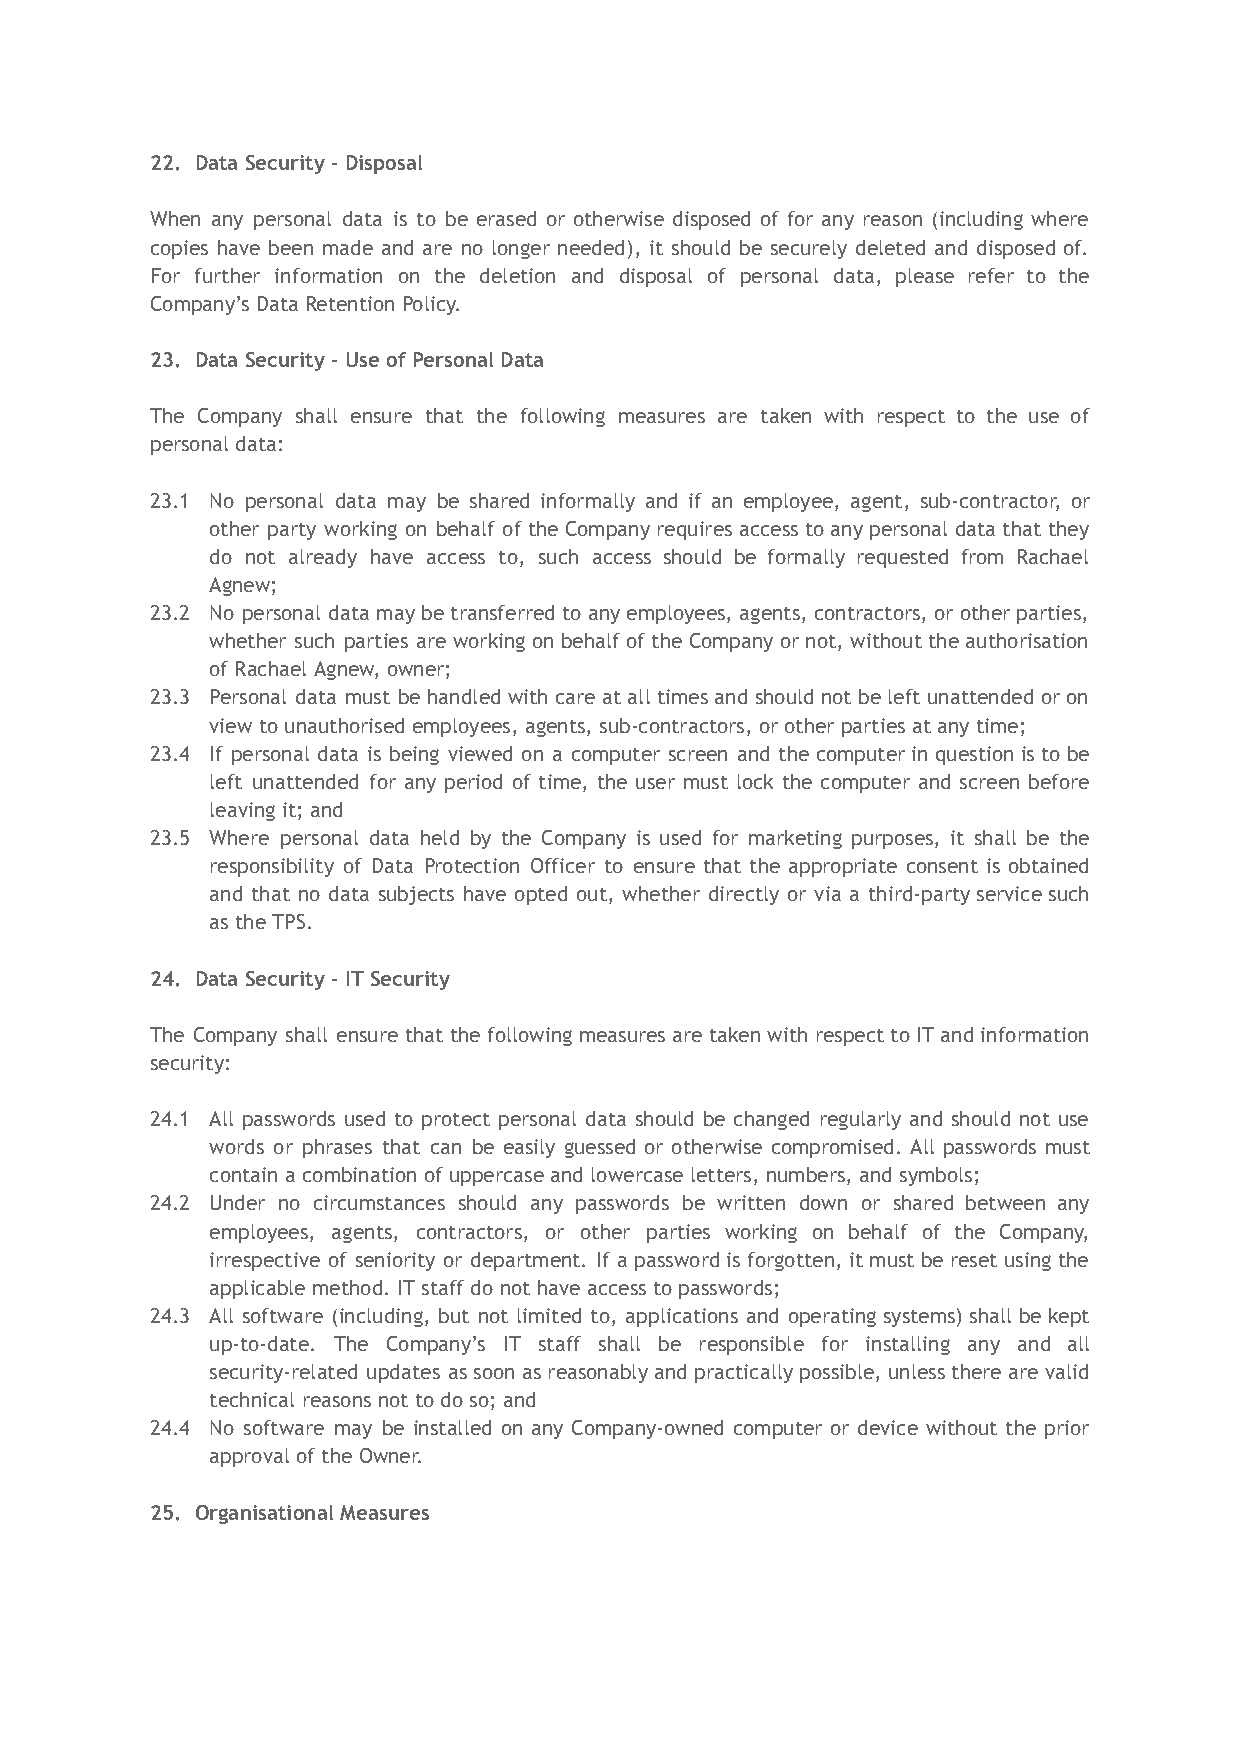
22. Data Security - Disposal
 When any personal data is to be erased or otherwise disposed of for any reason (including where
 copies have been made and are no longer needed), it should be securely deleted and disposed of.
 For further information on the deletion and disposal of personal data, please refer to the
 Company’s Data Retention Policy.
 23. Data Security - Use of Personal Data
 The Company shall ensure that the following measures are taken with respect to the use of
 personal data:
 23.1 No personal data may be shared informally and if an employee, agent, sub-contractor, or
 other party working on behalf of the Company requires access to any personal data that they
 do not already have access to, such access should be formally requested from Rachael
 Agnew;
 23.2 No personal data may be transferred to any employees, agents, contractors, or other parties,
 whether such parties are working on behalf of the Company or not, without the authorisation
 of Rachael Agnew, owner;
 23.3 Personal data must be handled with care at all times and should not be left unattended or on
 view to unauthorised employees, agents, sub-contractors, or other parties at any time;
 23.4 If personal data is being viewed on a computer screen and the computer in question is to be
 left unattended for any period of time, the user must lock the computer and screen before
 leaving it; and
 23.5 Where personal data held by the Company is used for marketing purposes, it shall be the
 responsibility of Data Protection Officer to ensure that the appropriate consent is obtained
 and that no data subjects have opted out, whether directly or via a third-party service such
 as the TPS.
 24. Data Security - IT Security
 The Company shall ensure that the following measures are taken with respect to IT and information
 security:
 24.1 All passwords used to protect personal data should be changed regularly and should not use
 words or phrases that can be easily guessed or otherwise compromised. All passwords must
 contain a combination of uppercase and lowercase letters, numbers, and symbols;
 24.2 Under no circumstances should any passwords be written down or shared between any
 employees, agents, contractors, or other parties working on behalf of the Company,
 irrespective of seniority or department. If a password is forgotten, it must be reset using the
 applicable method. IT staff do not have access to passwords;
 24.3 All software (including, but not limited to, applications and operating systems) shall be kept
 up-to-date. The Company’s IT staff shall be responsible for installing any and all
 security-related updates as soon as reasonably and practically possible, unless there are valid
 technical reasons not to do so; and
 24.4 No software may be installed on any Company-owned computer or device without the prior
 approval of the Owner.
 25. Organisational Measures